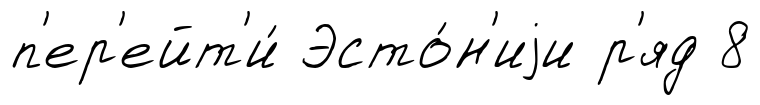
п'ер'ейт'и́ Эсто́н'иjи р'яд 8